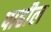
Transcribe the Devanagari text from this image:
पाहील